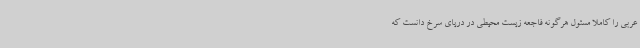
عربی را کاملاً مسئول هرگونه فاجعه زیست محیطی در دریای سرخ دانست که